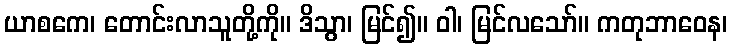
ယာစကေ၊ တောင်းလာသူတို့ကို။ ဒိသွာ၊ မြင်၍။ ဝါ၊ မြင်လသော်။ ကတုဘာဝေန၊